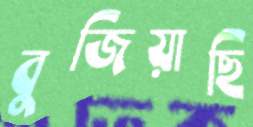
বুজিয়াছি